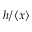
h / \left\langle { x } \right\rangle